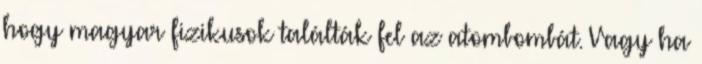
hogy magyar fizikusok találták fel az atombombát. Vagy ha